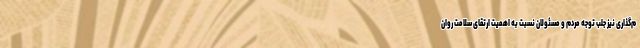
م‌گذاری نیز جلب توجه مردم و مسئولان نسبت به اهمیت ارتقای سلامت روان